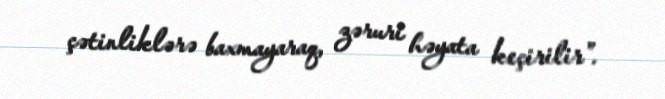
çətinliklərə baxmayaraq, zəruri həyata keçirilir”.